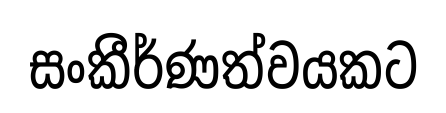
සංකීර්ණත්වයකට